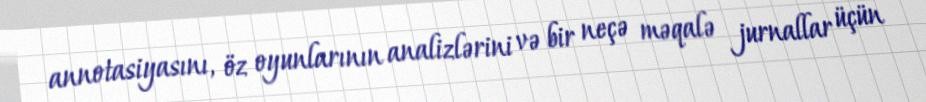
annotasiyasını, öz oyunlarının analizlərini və bir neçə məqalə jurnallar üçün